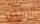
الرقص